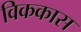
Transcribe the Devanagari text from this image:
विककास